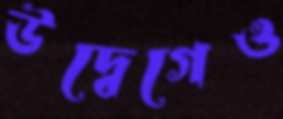
উদ্বেগেও